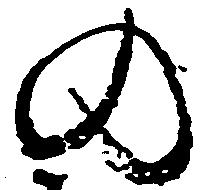
の